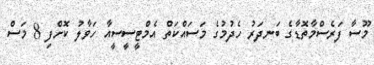
މޫސާ ފަރެސްމާތޮޑާގެ ބަނދަރު ހެދުމުގެ މަސައްކަތް އެމްޓީސީސީއާ ހަވާލު ކޮށްފި 8 މަސް